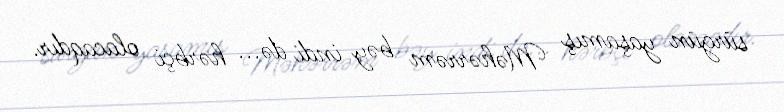
sürgün yaşamış Məhərrəm bəy indi də... hərbçi olacaqdır.